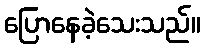
ပြောနေခဲ့သေးသည်။